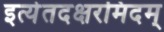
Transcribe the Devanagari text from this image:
इत्येतदक्षरमिदम्